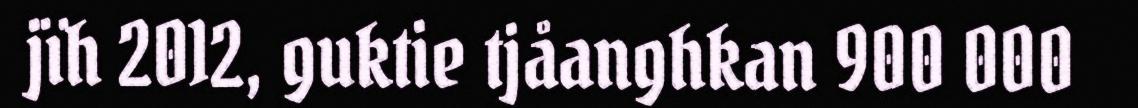
jïh 2012, guktie tjåanghkan 900 000